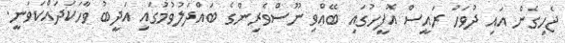
ޖެހިގެން އައި ދުވަހު ރައީސް އޮފީހުގައި ބޭއްވި ނޫސްވެރިންގެ ބައްދަލުވުމުގައި އަދީބު ވާހަކަދައްކަވަނީ.